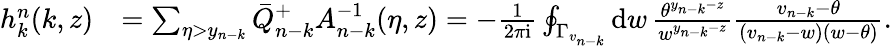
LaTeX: \begin{array}{rl}{h_{k}^{n}(k,z)}&{=\textstyle\sum_{\eta>y_{n-k}}\bar{Q}_{n-k}^{+}A_{n-k}^{-1}(\eta,z)=-\frac{1}{2\pi\mathrm{i}}\oint_{\Gamma_{v_{n-k}}}\mathrm{d}w\, \frac{\theta^{y_{n-k}-z}}{w^{y_{n-k}-z}}\frac{v_{n-k}-\theta}{(v_{n-k}-w)(w-\theta)}.}\end{array}